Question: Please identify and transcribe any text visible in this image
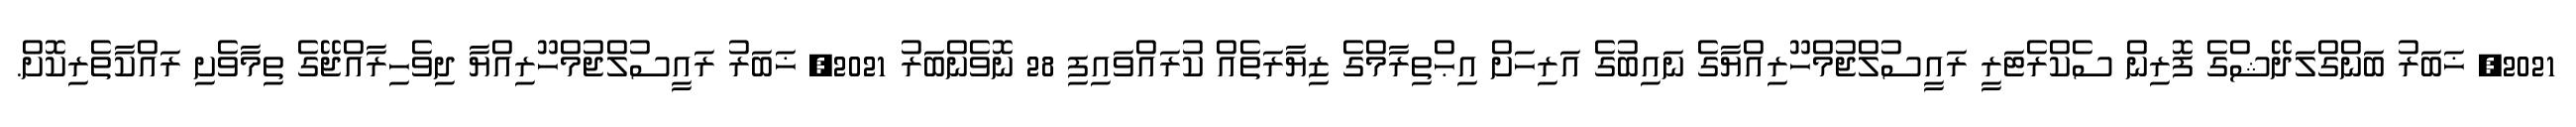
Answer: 2021, ޚަބަރު ބަންގްލަދޭޝްގެ ފޮރިން ސެކްރެޓަރީ ރައީސުލްޖުމްހޫރިއްޔާގެ ނައިބުގެ އަރިހަށް އިޙްތިރާމްގެ ޒިޔާރަތެއް ކުރައްވައިފި 28 ނޮވެންބަރު 2021, ޚަބަރު ރައީސުލްޖުމްހޫރިއްޔާ ދިވެހިރާއްޖޭގެ ތިމާވެށި ރައްކާތެރިކޮށް.